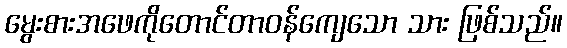
မွေးစားအဖေကိုတောင်တာဝန်ကျေသော သား ဖြစ်သည်။